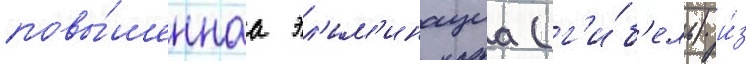
повы́шеннаа эл'им'инациа (г'и́б'ель) и́з